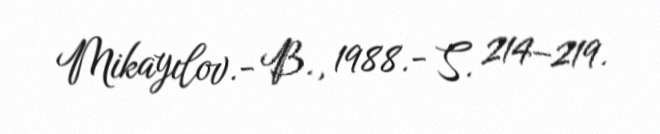
Mikayılov.- B., 1988.- S. 214–219.